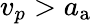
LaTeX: v_{p}>a_{\mathrm{a}}